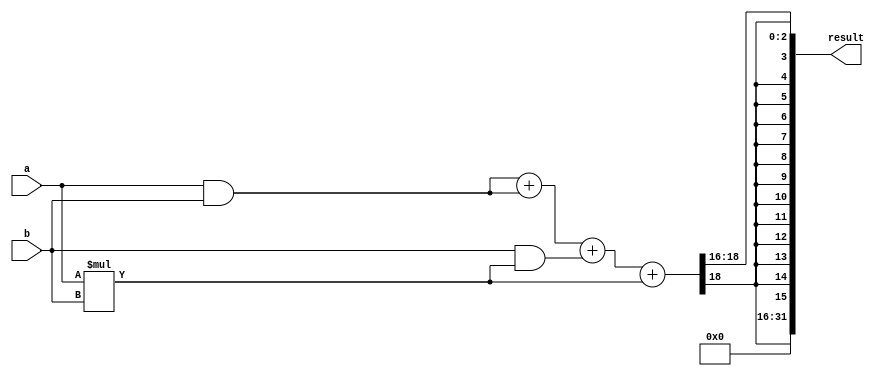
module fixed_point_multiplier (
    input signed [15:0] a,
    input signed [15:0] b,
    output reg signed [31:0] result
);

reg signed [15:0] multipliers [3:0]; // Array of multiplier blocks
reg signed [15:0] products [3:0]; // Array of products from multiplier blocks
reg signed [31:0] accum; // Accumulator for intermediate results
reg signed [31:0] scaled_result; // Scaled final result

always @(*) begin
    // Initialize multipliers
    multipliers[0] = a;
    multipliers[1] = {16'd0, a}; // Shifted left by 16 bits
    multipliers[2] = {16'd0, b}; // Shifted left by 16 bits
    multipliers[3] = {32'd0, a*b}; // Product of a and b
    
    // Perform multiplication in cascade configuration
    products[0] = multipliers[0] & multipliers[2]; // Bit-wise AND
    products[1] = multipliers[1] & multipliers[2]; // Bit-wise AND
    products[2] = multipliers[2] & multipliers[3]; // Bit-wise AND
    products[3] = multipliers[3]; // Final product

    // Accumulate intermediate results
    accum = products[0] + products[1] + products[2] + products[3];
    
    // Scale result to desired precision
    scaled_result = accum >> 16; // Shift right by 16 bits to scale
    
    result <= scaled_result;
end

endmodule